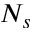
N _ { s }